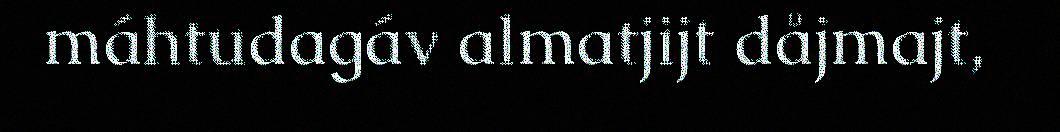
máhtudagáv almatjijt dåjmajt,